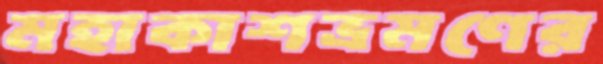
মহাকাশভ্রমণের